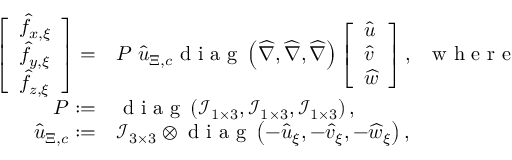
\begin{array} { r l } { \left[ \begin{array} { l } { \widehat { f } _ { x , \xi } } \\ { \widehat { f } _ { y , \xi } } \\ { \widehat { f } _ { z , \xi } } \end{array} \right] = } & { { } \boldsymbol { P } \; \boldsymbol { \widehat { u } } _ { \Xi , c } \mathrm { ~ d ~ i ~ a ~ g ~ } \left( \boldsymbol { \widehat { \nabla } } , \boldsymbol { \widehat { \nabla } } , \boldsymbol { \widehat { \nabla } } \right) \left[ \begin{array} { l } { \widehat { u } } \\ { \widehat { v } } \\ { \widehat { w } } \end{array} \right] , \; \; \mathrm { ~ w ~ h ~ e ~ r ~ e ~ } } \\ { \boldsymbol { P } : = } & { { } \mathrm { ~ d ~ i ~ a ~ g ~ } \left( \mathcal { I } _ { 1 \times 3 } , \mathcal { I } _ { 1 \times 3 } , \mathcal { I } _ { 1 \times 3 } \right) , } \\ { \boldsymbol { \widehat { u } } _ { \Xi , c } : = } & { { } \mathcal { I } _ { 3 \times 3 } \otimes \mathrm { ~ d ~ i ~ a ~ g ~ } \left( - \widehat { u } _ { \xi } , - \widehat { v } _ { \xi } , - \widehat { w } _ { \xi } \right) , } \end{array}